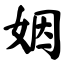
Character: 姻